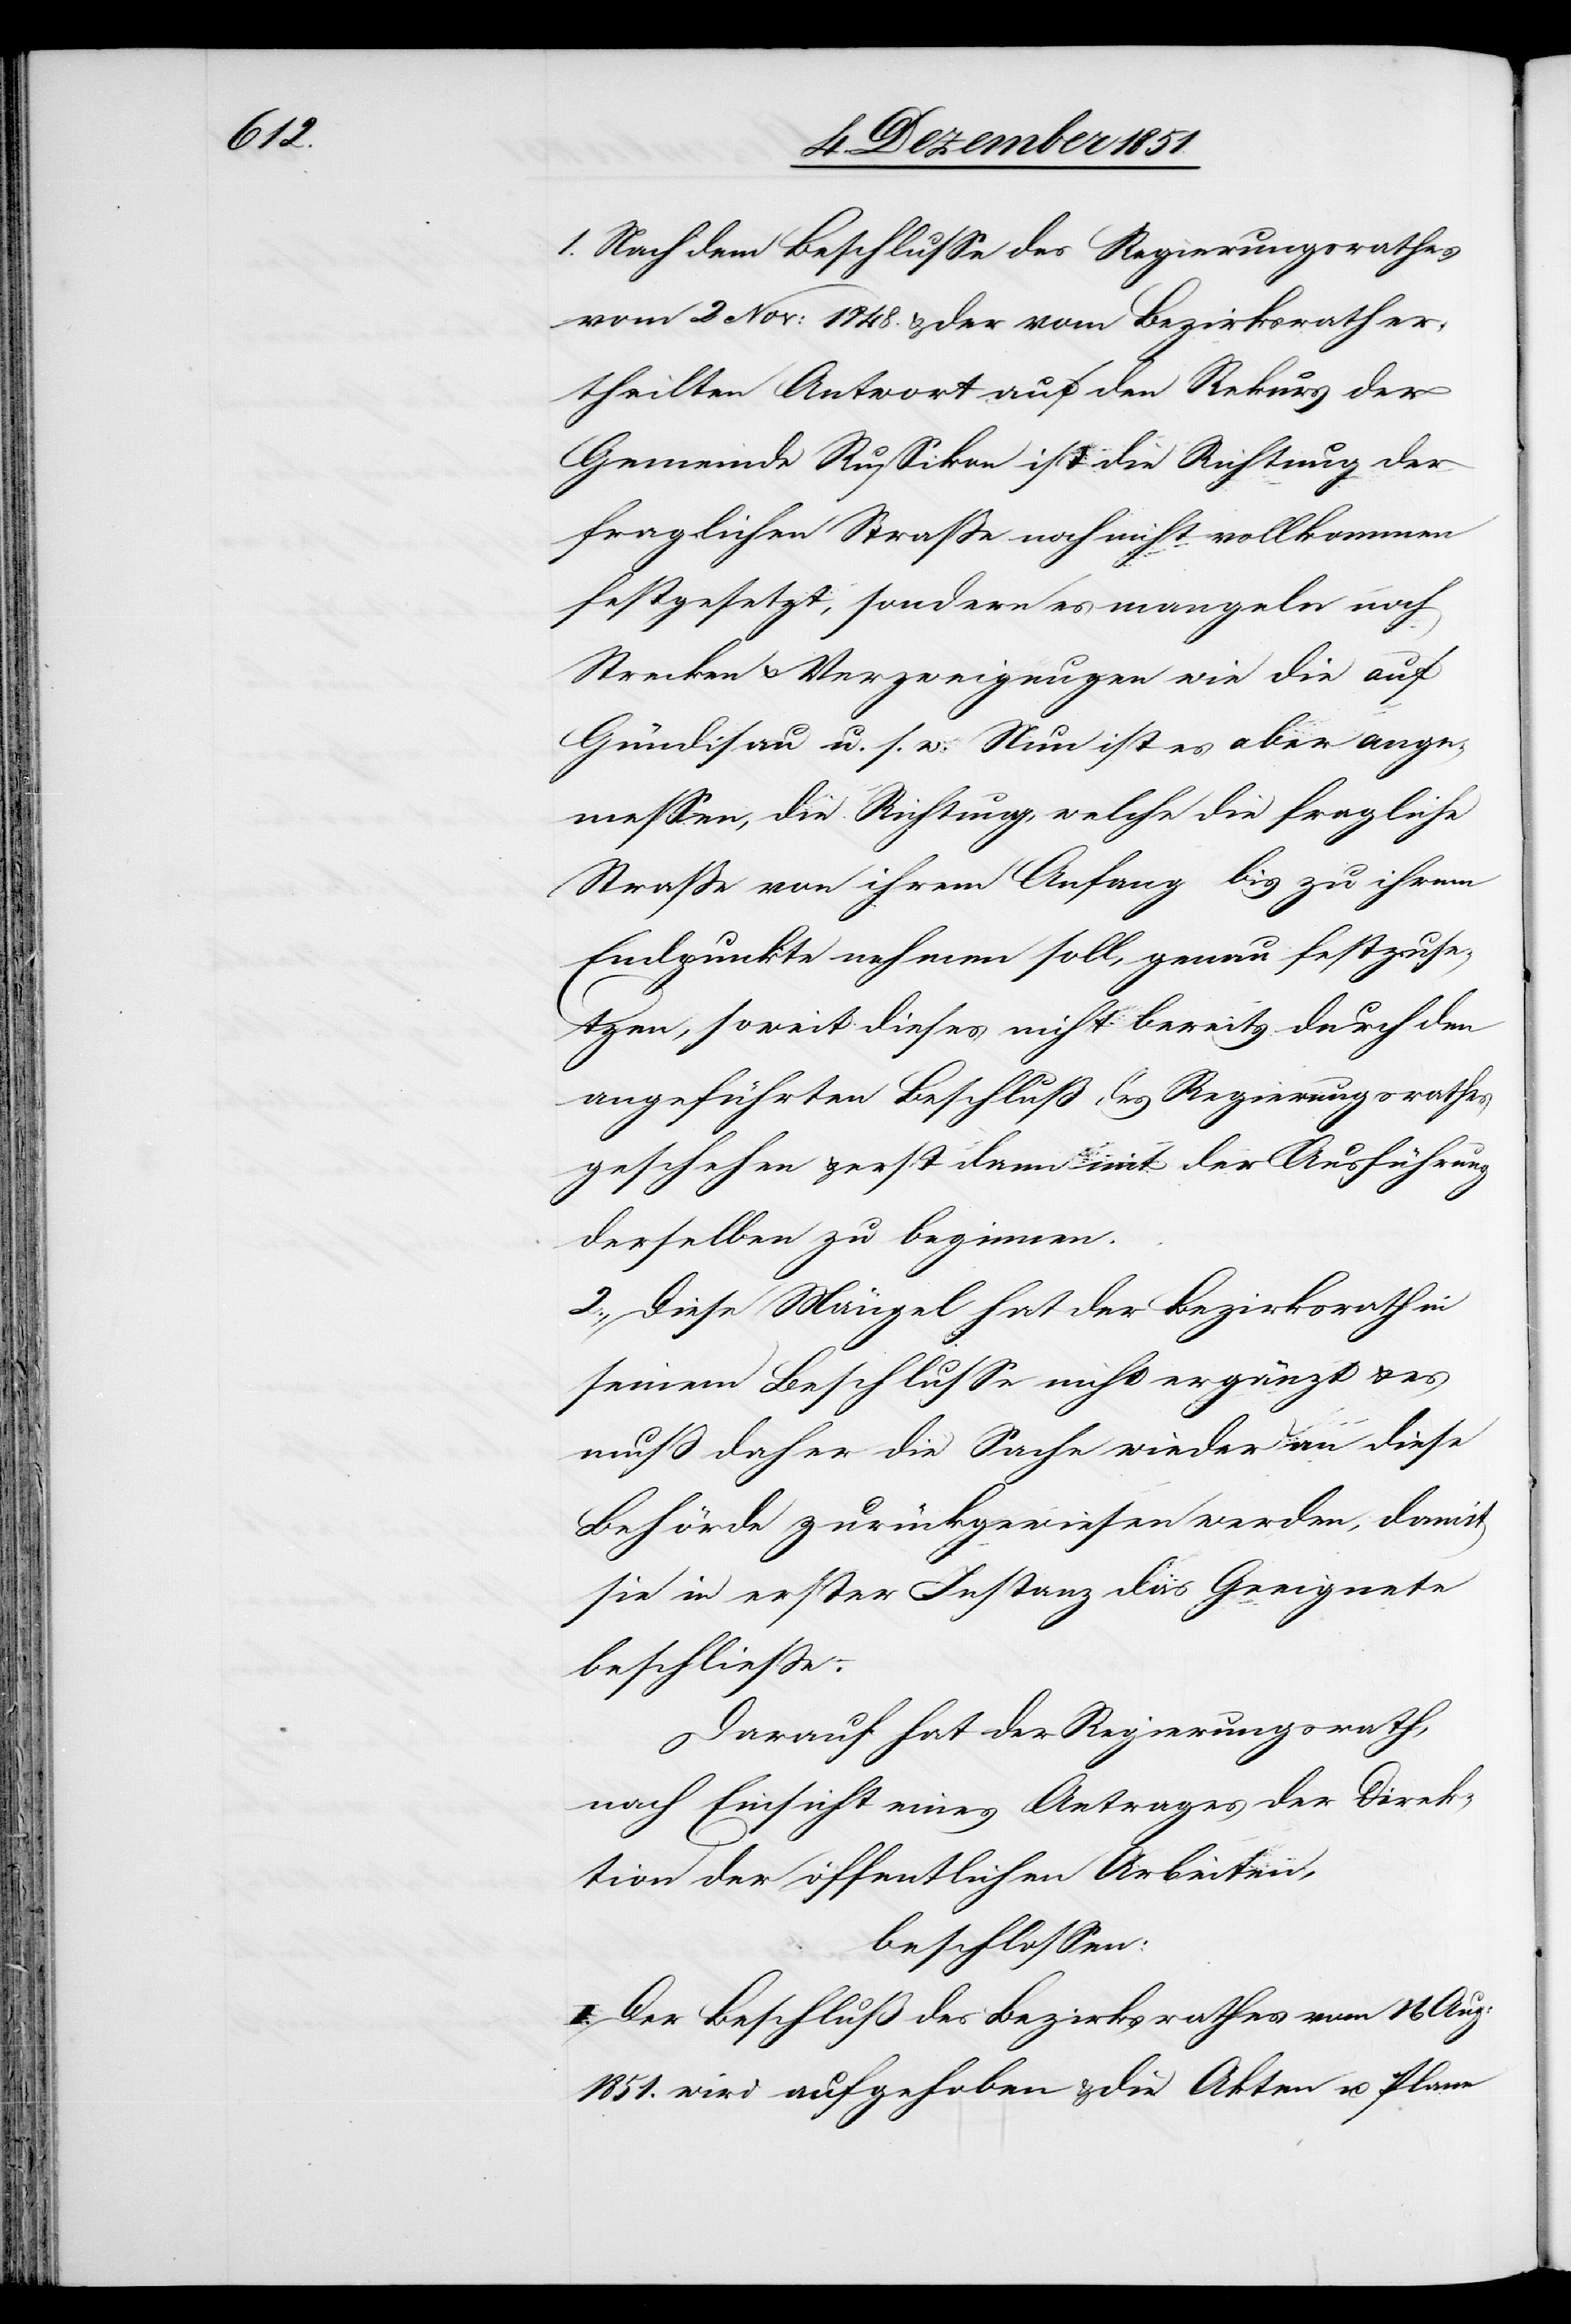
1. Nach dem Beschlusse des Regierungsrathes
vom 2 Nov: 1848. & der vom Bezirksrath er¬
theilten Antwort auf den Rekurs der
Gemeinde Russikon ist die Richtung der
fraglichen Straße noch nicht vollkommen
festgesetzt, sondern es mangeln noch
Strecken & Verzweigungen wie die auf
Gündisau u. s. w. Nun ist es aber ange¬
messen, die Richtung, welche die fragliche
Straße von ihrem Anfang bis zu ihrem
Endpunkte nehmen soll, genau festzuse¬
tzen, soweit dieses nicht bereits durch den
angeführten Beschluß des Regierungsrathes
geschehen & erst dann mit der Ausführung
derselben zu beginnen.
2., Diese Mängel hat der Bezirksrath in
seinem Beschlusse nicht ergänzt & es
muß daher die Sache wieder an diese
Behörde zurückgewiesen werden, damit
sie in erster Instanz das Geeignete
beschließe.
Darauf hat der Regierungsrath,
nach Einsicht eines Antrages der Direk¬
tion der öffentlichen Arbeiten,
beschlossen:
I. Der Beschluß des Bezirksrathes vom 16 Aug:
1851. wird aufgehoben & die Akten u. Plane